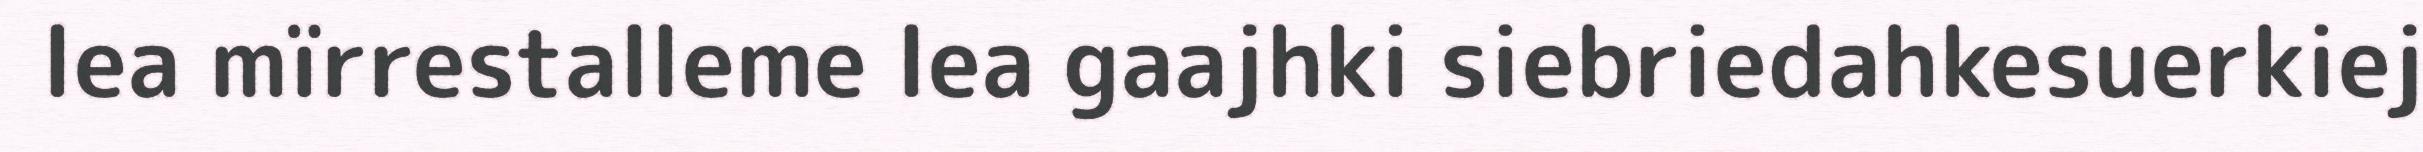
lea mïrrestalleme lea gaajhki siebriedahkesuerkiej